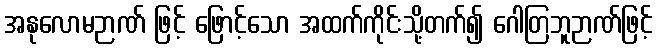
အနုလောမဉာဏ် ဖြင့် ဖြောင့်သော အထက်ကိုင်းသို့တက်၍ ဂေါတြဘူဉာဏ်ဖြင့်